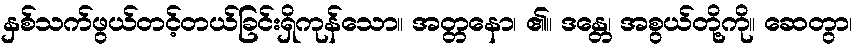
နှစ်သက်ဖွယ်တင့်တယ်ခြင်းရှိကုန်သော။ အတ္တနော၊ ၏။ ဒန္တေ၊ အစွယ်တို့ကို။ ဆေတွာ၊